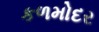
કળમોદર